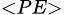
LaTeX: _{<PE>}